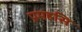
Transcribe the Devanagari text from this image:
प्रमहसि